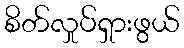
စိတ်လှုပ်ရှားဖွယ်